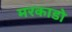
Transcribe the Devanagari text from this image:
मरकाडो